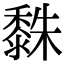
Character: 𪏿